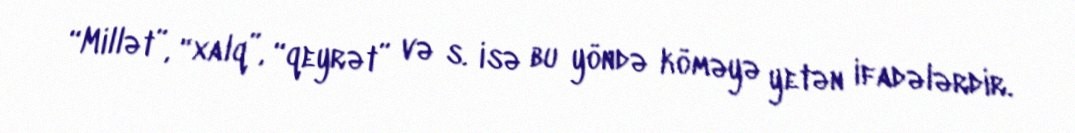
“Millət”, “xalq”, “qeyrət” və s. isə bu yöndə köməyə yetən ifadələrdir.